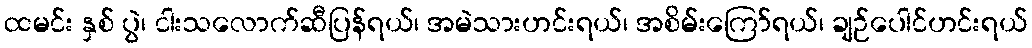
ထမင်း နှစ် ပွဲ၊ ငါးသလောက်ဆီပြန်ရယ်၊ အမဲသားဟင်းရယ်၊ အစိမ်းကြော်ရယ်၊ ချဉ်ပေါင်ဟင်းရယ်